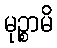
မုဉ္စာမိ